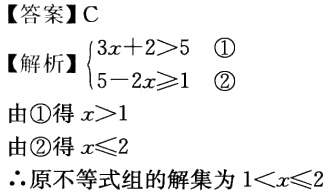
【答案】C

【解析】

\(\begin{cases}

3x + 2 > 5 & \textcircled{1}\\

5 - 2x \geq 1 & \textcircled{2}

\end{cases}\)

由\textcircled{1}得 \(x > 1\)

由\textcircled{2}得 \(x \leq 2\)

\(\therefore\)原不等式组的解集为 \(1 < x \leq 2\)